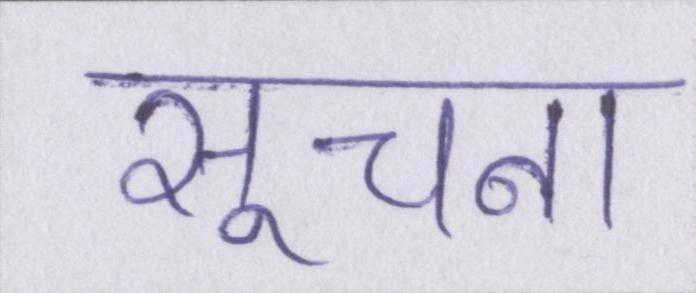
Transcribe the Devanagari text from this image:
सूचना